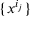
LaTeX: \{ x ^ { i _ { j } } \}